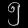
Digit: ၅